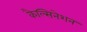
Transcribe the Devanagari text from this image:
कैल्सिनेशन